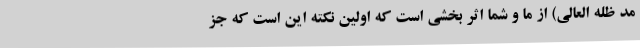
مد ظله العالی) از ما و شما اثر بخشی است که اولین نکته این است که جز